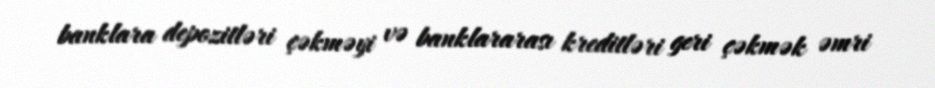
banklara depozitləri çəkməyi və banklararası kreditləri geri çəkmək əmri